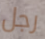
رجل